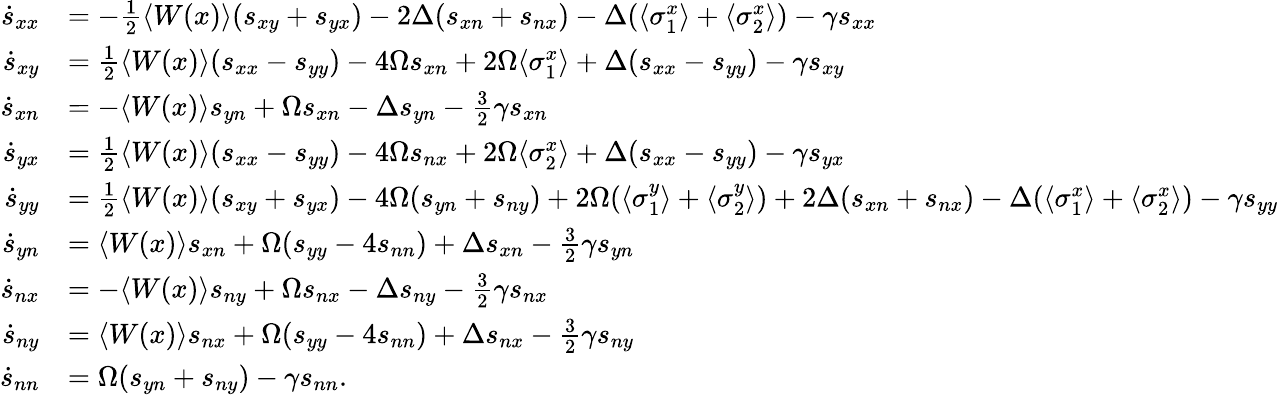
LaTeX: \begin{array}{rl}{\dot{s}_{xx}}&{=-\frac{1}{2}\langle W(x)\rangle(s_{xy}+s_{yx})-2\Delta(s_{xn}+s_{nx})-\Delta(\langle\sigma_{1}^{x}\rangle+\langle\sigma_{2}^{x}\rangle)-\gamma s_{xx}}\\ {\dot{s}_{xy}}&{=\frac{1}{2}\langle W(x)\rangle(s_{xx}-s_{yy})-4\Omega s_{xn}+2\Omega\langle\sigma_{1}^{x}\rangle+\Delta(s_{xx}-s_{yy})-\gamma s_{xy}}\\ {\dot{s}_{xn}}&{=-\langle W(x)\rangle s_{yn}+\Omega s_{xn}-\Delta s_{yn}-\frac{3}{2}\gamma s_{xn}}\\ {\dot{s}_{yx}}&{=\frac{1}{2}\langle W(x)\rangle(s_{xx}-s_{yy})-4\Omega s_{nx}+2\Omega\langle\sigma_{2}^{x}\rangle+\Delta(s_{xx}-s_{yy})-\gamma s_{yx}}\\ {\dot{s}_{yy}}&{=\frac{1}{2}\langle W(x)\rangle(s_{xy}+s_{yx})-4\Omega(s_{yn}+s_{ny})+2\Omega(\langle\sigma_{1}^{y}\rangle+\langle\sigma_{2}^{y}\rangle)+2\Delta(s_{xn}+s_{nx})-\Delta(\langle\sigma_{1}^{x}\rangle+\langle\sigma_{2}^{x}\rangle)-\gamma s_{yy}}\\ {\dot{s}_{yn}}&{=\langle W(x)\rangle s_{xn}+\Omega(s_{yy}-4s_{nn})+\Delta s_{xn}-\frac{3}{2}\gamma s_{yn}}\\ {\dot{s}_{nx}}&{=-\langle W(x)\rangle s_{ny}+\Omega s_{nx}-\Delta s_{ny}-\frac{3}{2}\gamma s_{nx}}\\ {\dot{s}_{ny}}&{=\langle W(x)\rangle s_{nx}+\Omega(s_{yy}-4s_{nn})+\Delta s_{nx}-\frac{3}{2}\gamma s_{ny}}\\ {\dot{s}_{nn}}&{=\Omega(s_{yn}+s_{ny})-\gamma s_{nn}.}\end{array}